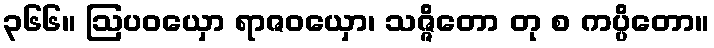
၃၆၆။ ဩပဝယှော ရာဇဝယှော၊ သဇ္ဇိတော တု စ ကပ္ပိတော။